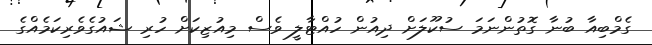
ގެމްބިއާ ބުނާ ގޮތުންނަމަ ސުކޫލަށް ދިއުން ހުއްޓާލީ ވެސް މިއުޒިކަށް ހުރި ޝައުގެވެރިކަމެއްގެ